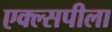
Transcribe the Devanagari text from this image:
एक्ल्सपीला